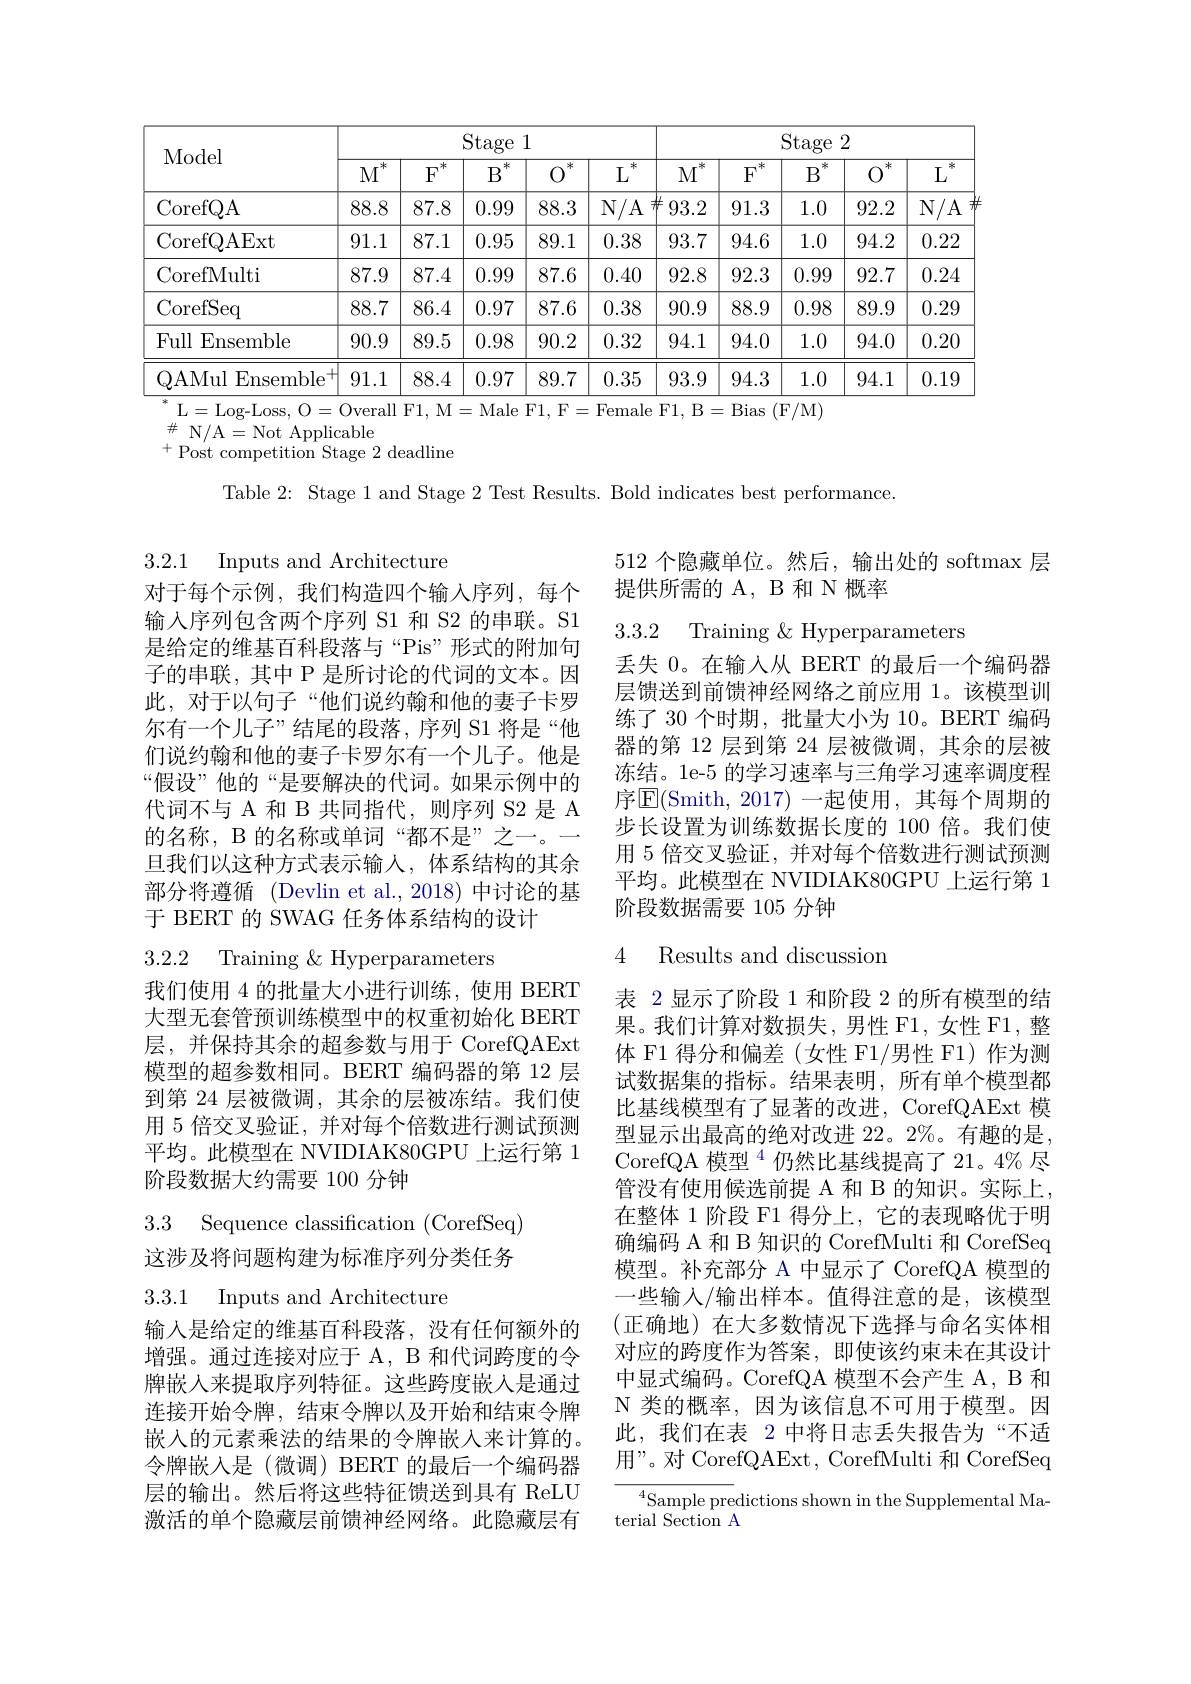
<table>
	<tbody>
		<tr>
			<th rowspan="2">Model</th>
			<th colspan="5">$\operatorname{Stage}1$</th>
			<th colspan="5">$\operatorname{Stage}2$</th>
		</tr>
		<tr>
			<th>$.冰$ $M$</th>
			<th>冰 $F$</th>
			<th>冰 $B$</th>
			<th>冰</th>
			<th>米 $L$</th>
			<th>米 $M^{\mathrm{i}}$</th>
			<th>米 $F$</th>
			<th>米 $B$</th>
			<th>冰</th>
			<th>米 $L$</th>
		</tr>
		<tr>
			<td>CorefQA</td>
			<td>88.8</td>
			<td>87.8</td>
			<td>0.99</td>
			<td>88.3</td>
			<td>$N/A$</td>
			<td>93.2</td>
			<td>91.3</td>
			<td>1.0</td>
			<td>92.2</td>
			<td>N/ A</td>
		</tr>
		<tr>
			<td>CorefQAExt</td>
			<td>91.1</td>
			<td>87.1</td>
			<td>0.95</td>
			<td>89.1</td>
			<td>0.38</td>
			<td>93.7</td>
			<td>94.6</td>
			<td>1.0</td>
			<td>94.2</td>
			<td>0.22</td>
		</tr>
		<tr>
			<td>CorefMulti</td>
			<td>87.9</td>
			<td>87.4</td>
			<td>0.99</td>
			<td>87.6</td>
			<td>0.40</td>
			<td>92.8</td>
			<td>92.3</td>
			<td>0.99</td>
			<td>92.7</td>
			<td>0.24</td>
		</tr>
		<tr>
			<td>CorefSeq</td>
			<td>88.7</td>
			<td>86.4</td>
			<td>0.97</td>
			<td>87.6</td>
			<td>0.38</td>
			<td>90.9</td>
			<td>88.9</td>
			<td>0.98</td>
			<td>89.9</td>
			<td>0.29</td>
		</tr>
		<tr>
			<td>Full Ensemble</td>
			<td>90.9</td>
			<td>89.5</td>
			<td>0.98</td>
			<td>90.2</td>
			<td>0.32</td>
			<td>94.1</td>
			<td>94.0</td>
			<td>1.0</td>
			<td>94.0</td>
			<td>0.20</td>
		</tr>
		<tr>
			<td>QAMul Ensemble ,</td>
			<td>91.1</td>
			<td>88.4</td>
			<td>0.97</td>
			<td>89.7</td>
			<td>0.35</td>
			<td>93.9</td>
			<td>94.3</td>
			<td>1.0</td>
			<td>94.1</td>
			<td>0.19</td>
		</tr>
	</tbody>
</table>
$^{*}$L=Log-Loss, O=Overall F1, M=Male F1, F=Female F1, B=Bias (F/M)

$\#$N/A=Not Applicable
$^{+}$Post competition Stage 2 deadline

Table 2: Stage 1 and Stage 2 Test Results. Bold indicates best performance

3.2.1 Inputs and Architecture

512 个隐藏单位。然后，输出处的 softmax 层
提供所需的 A, B 和 N 概率

3.3.2 Training $\&$Hyperparameters

对于每个示例，我们构造四个输入序列，每个输入序列包含两个序列 S1 和 S2 的串联。S1是给定的维基百科段落与“Pis”形式的附加句子的串联，其中 P 是所讨论的代词的文本。因此，对于以句子“他们说约翰和他的妻子卡罗尔有一个儿子”结尾的段落，序列 S1 将是“他们说约翰和他的妻子卡罗尔有一个儿子。他是“假设”他的“是要解决的代词。如果示例中的代词不与 A 和 B 共同指代，则序列 S2 是 A 的名称，B 的名称或单词“都不是”之一。一旦我们以这种方式表示输入，体系结构的其余部分将遵循 (Devlin et al., 2018) 中讨论的基于 BERT 的 SWAG 任务体系结构的设计

丢失 0。在输人从 BERT 的最后一个编码器层馈送到前馈神经网络之前应用 1。该模型训练了 30 个时期，批量大小为 10。BERT 编码器的第 12 层到第 24 层被微调，其余的层被冻结。1e-5 的学习速率与三角学习速率调度程序$\overline{\mathrm{E}}($Smith, 2017)一起使用，其每个周期的步长设置为训练数据长度的 100 倍。我们使用 5 倍交叉验证，并对每个倍数进行测试预测平均。此模型在 NVIDIAK80GPU 上运行第 1阶段数据需要 105 分钟

### 4 Results and discussion

3.2.2 Training &Hyperparameters

我们使用 4 的批量大小进行训练，使用 BERT 大型无套管预训练模型中的权重初始化 BERT 层，并保持其余的超参数与用于 CorefQAExt 模型的超参数相同。BERT 编码器的第 12 层到第 24 层被微调，其余的层被冻结。我们使用 5 倍交叉验证，并对每个倍数进行测试预测平均。此模型在 NVIDIAK80GPU 上运行第 1阶段数据大约需要 100 分钟

表 2 显示了阶段 1 和阶段 2 的所有模型的结果。我们计算对数损失，男性 F1,女性 F1, 整体 F1 得分和偏差(女性 F1/男性 F1) 作为测试数据集的指标。结果表明，所有单个模型都比基线模型有了显著的改进，CorefQAExt 模型显示出最高的绝对改进 22。2%。有趣的是， CorefQA 模型 $^4$仍然比基线提高了21。4% 尽管没有使用候选前提 A 和 B 的知识。实际上， 在整体 1 阶段 F1 得分上，它的表现略优于明确编码 A 和 B 知识的 CorefMulti 和 CorefSeq 模型。补充部分 A 中显示了 CorefQA 模型的一些输入/输出样本。值得注意的是，该模型(正确地)在大多数情况下选择与命名实体相对应的跨度作为答案，即使该约束未在其设计中显式编码。CorefQA 模型不会产生 A, B 和$\mathcal{N}$类的概率，因为该信息不可用于模型。因此，我们在表 2 中将日志丢失报告为“不适用”。对 CorefQAExt, CorefMulti 和 CorefSeq
${}^{4}{\mathrm{Sample~predictions~shown~in~the~Supplemental~Ma-}}$

3.3 Sequence classification (CorefSeq) 这涉及将问题构建为标准序列分类任务

3.3.1 Inputs and Architecture

输入是给定的维基百科段落，没有任何额外的增强。通过连接对应于 A, B 和代词跨度的令牌嵌入来提取序列特征。这些跨度嵌入是通过连接开始令牌，结束令牌以及开始和结束令牌嵌入的元素乘法的结果的令牌嵌入来计算的。令牌嵌入是(微调) BERT 的最后一个编码器层的输出。然后将这些特征馈送到具有 ReLU 激活的单个隐藏层前馈神经网络。此隐藏层有

terial Section A